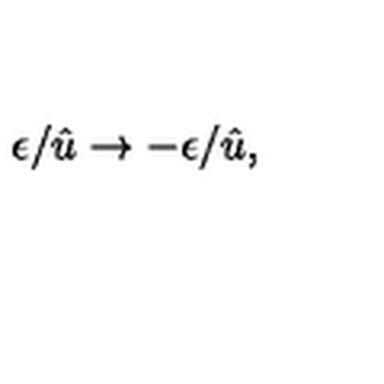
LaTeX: \epsilon / \hat { u } \rightarrow - \epsilon / \hat { u } ,